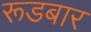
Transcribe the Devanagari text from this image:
रूडबार